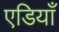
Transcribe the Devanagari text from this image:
एडियाँ